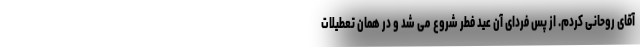
آقای روحانی کردم. از پس فردای آن عید فطر شروع می شد و در همان تعطیلات